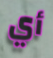
أي